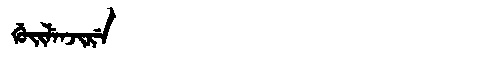
Manchu: ᡤᡠᡳᠯᡝᠨᠵᡳᡵᡝ
Romanization: GUILENJIRE